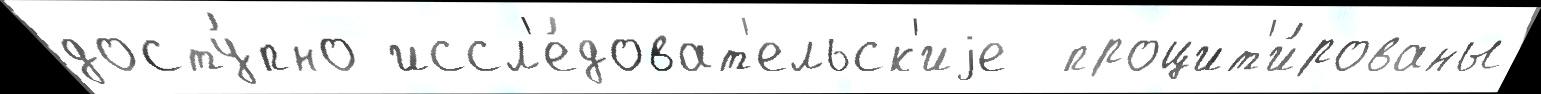
досту́пно иссл'е́доват'ельск'иjе  процит'и́рованы